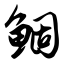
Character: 鲴